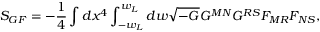
S _ { G F } = - \frac { 1 } { 4 } \int d x ^ { 4 } \int _ { - w _ { L } } ^ { w _ { L } } d w \sqrt { - G } G ^ { M N } G ^ { R S } F _ { M R } F _ { N S } ,